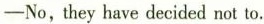
—No,they have decided not to.